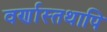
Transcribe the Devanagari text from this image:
वर्णास्तथापि